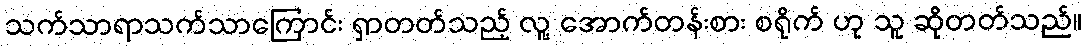
သက်သာရာသက်သာကြောင်း ရှာတတ်သည့် လူ့ အောက်တန်းစား စရိုက် ဟု သူ ဆိုတတ်သည်။